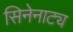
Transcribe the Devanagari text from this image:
सिनेनाट्य